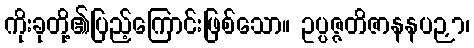
ကိုးခုတို့၏ပြည့်ကြောင်းဖြစ်သော။ ဥပ္ပဇ္ဇတိဇာနနပဉှာ၊